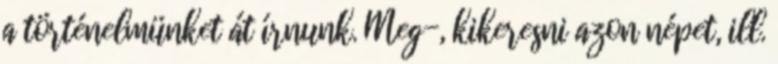
a történelmünket át írnunk. Meg-, kikeresni azon népet, ill.